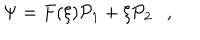
\Psi = F ( \xi ) { \cal P } _ { 1 } + \xi { \cal P } _ { 2 } \ \ \ ,